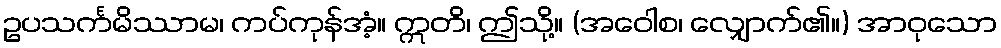
ဥပသင်္ကမိဿာမ၊ ကပ်ကုန်အံ့။ ဣတိ၊ ဤသို့။ (အဝေါစ၊ လျှောက်၏။) အာဝုသော